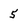
Character: 5